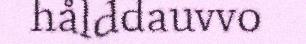
hålddauvvo